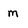
Character: m